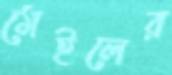
মেইলের